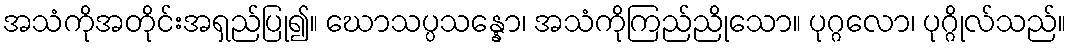
အသံကိုအတိုင်းအရှည်ပြု၍။ ဃောသပ္ပသန္နော၊ အသံကိုကြည်ညိုသော။ ပုဂ္ဂလော၊ ပုဂ္ဂိုလ်သည်။